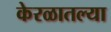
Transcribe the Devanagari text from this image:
केरळातल्या